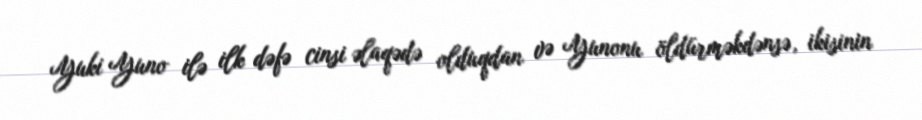
Yuki Yuno ilə ilk dəfə cinsi əlaqədə olduqdan və Yunonu öldürməkdənsə, ikisinin